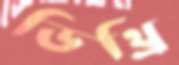
ডিথ্রি